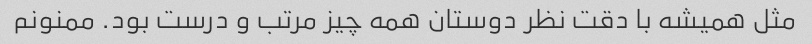
مثل همیشه با دقت نظر دوستان همه چیز مرتب و درست بود. ممنونم